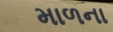
માળના